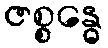
ဇစ္စန္ဓေ